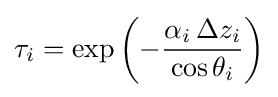
\tau _{i}=\exp \left(-{\frac {\alpha _{i}\,\Delta z_{i}}{\cos \theta _{i}}}\right)